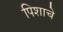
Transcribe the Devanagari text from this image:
पिशाचे